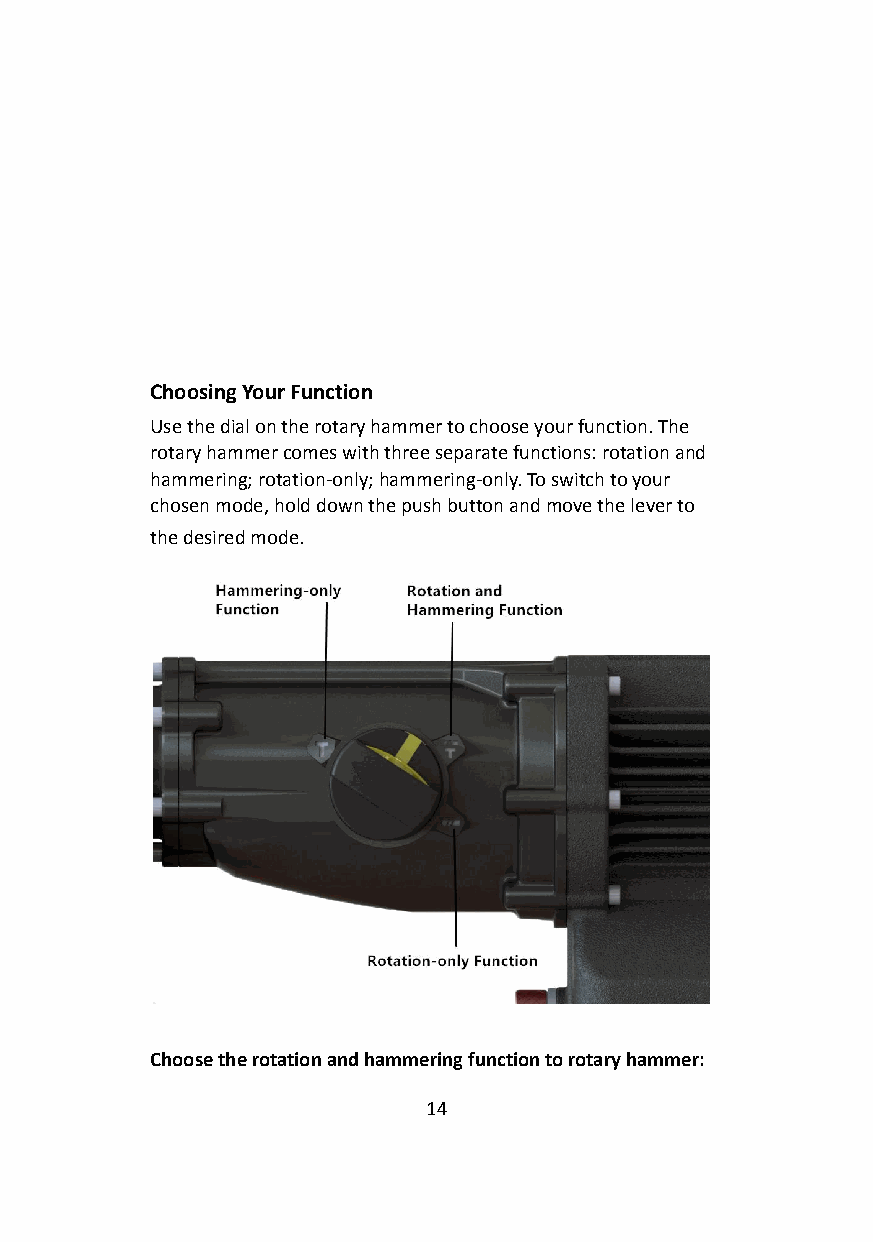
Choosing Your Function
 Use the dial on the rotary hammer to choose your function.The
 rotary hammer comes with three separate functions:rotation and
 hammering; rotation-only; hammering-only. To switchto your
 chosen mode, hold down the push button and move thelever to
 the desired mode.
 Choose the rotation and hammering function to rotaryhammer:
 14